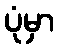
ပုံမှာ